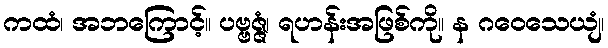
ကထံ၊ အဘကြောင့်။ ပဗ္ဗဇ္ဇံ၊ ရဟန်းအဖြစ်ကို။ န ဂဝေသေယျံ၊